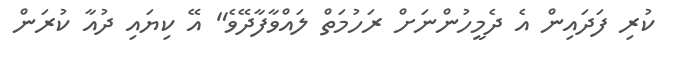
ކުރި ފަދައިން އެ ދެމީހުންނަށް ރަހުމަތް ލައްވާފާދޭވެ" އޭ ކިޔައި ދުއާ ކުރަން